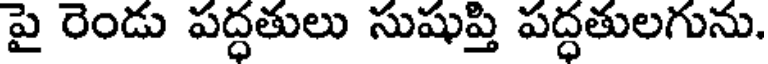
పై రెండు పద్ధతులు సుషుప్తి పద్ధతులగును.